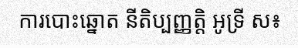
ការបោះឆ្នោត នីតិប្បញ្ញត្តិ អូទ្រី ស៖